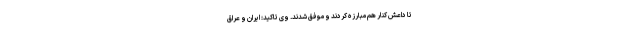
تا داعش کنار هم مبارزه کردند و موفق شدند. وی تاکید: ایران و عراق